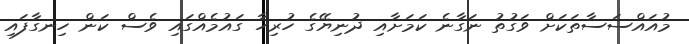
މުއައްސަސާތަކަށް ވަގުތު ނަގާނެ ކަމަށާއި ދުނިޔޭގެ ހުރިހާ ގައުމެއްގައި ވެސް ކަން ހިނގާފައި